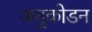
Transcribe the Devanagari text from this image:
अनुकोडन